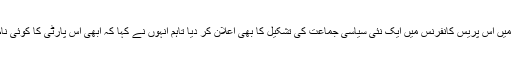
‘‘ انہوں نے کراچی میں اس پریس کانفرنس میں ایک نئی سیاسی جماعت کی تشکیل کا بھی اعلان کر دیا تاہم انہوں نے کہا کہ ابھی اس پارٹی کا کوئی نام نہیں رکھا گیا ہے۔